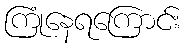
ကြုံနေရကြောင်း